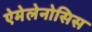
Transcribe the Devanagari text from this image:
ऐमेलेनोसिस